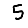
Digit: 5